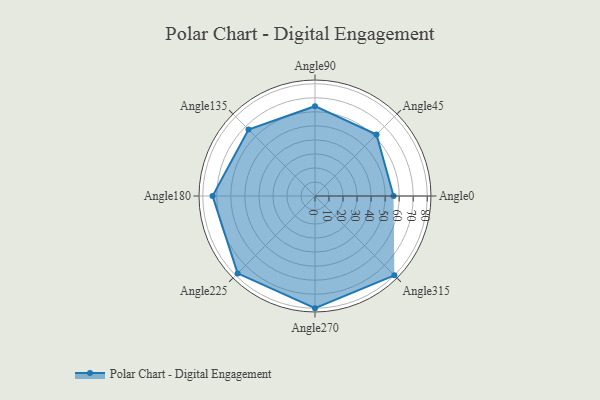
{"axis": {"x": "Angle", "y": "Radius"}, "legend": [""], "data": [{"x": "Angle0", "y": 56.0, "type": ""}, {"x": "Angle45", "y": 62.0, "type": ""}, {"x": "Angle90", "y": 64.0, "type": ""}, {"x": "Angle135", "y": 67.0, "type": ""}, {"x": "Angle180", "y": 73.0, "type": ""}, {"x": "Angle225", "y": 78.0, "type": ""}, {"x": "Angle270", "y": 80.0, "type": ""}, {"x": "Angle315", "y": 80.0, "type": ""}]}